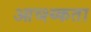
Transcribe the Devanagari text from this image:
आव्श्य्कता